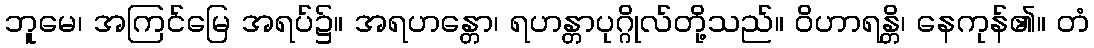
ဘူမေ၊ အကြင်မြေ အရပ်၌။ အရဟန္တော၊ ရဟန္တာပုဂ္ဂိုလ်တို့သည်။ ဝိဟာရန္တိ၊ နေကုန်၏။ တံ